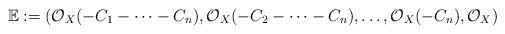
LaTeX: \begin{align*}\mathbb{E}:=\left(\mathcal{O}_X(-C_1-\dots -C_n), \mathcal{O}_{X}(-C_2- \dots -C_{n}), \dots, \mathcal{O}_X(-C_n), \mathcal{O}_X \right)\end{align*}